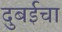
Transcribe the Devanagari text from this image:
दुबईचा